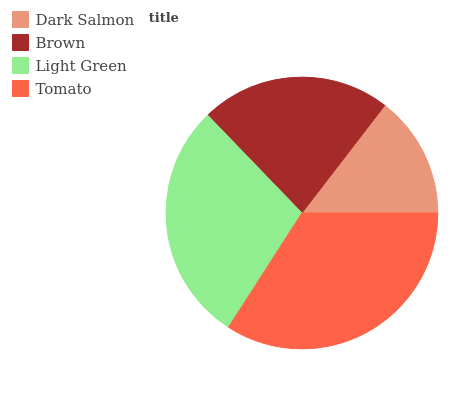
| Dark Salmon | Brown | Light Green | Tomato |
 | --- | --- | --- | --- |
 | 14.6% | 22.6% | 28.7% | 34.1% |